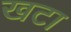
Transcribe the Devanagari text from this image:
खटा